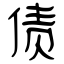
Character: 债